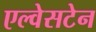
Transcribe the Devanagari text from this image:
एल्वेसटेन